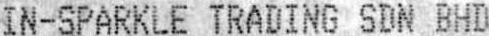
IN-SPARKLE TRADING SDN BHD